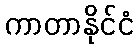
ကာတာနိုင်ငံ